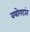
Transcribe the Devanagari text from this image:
वयोगटांत